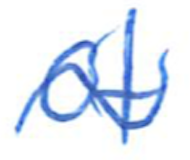
Text: of
Cross-out: wave
Writing tool: ballpoint